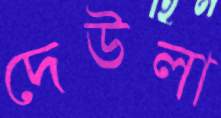
দেউলা